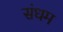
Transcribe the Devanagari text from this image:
संधम